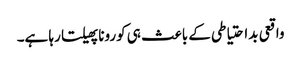
واقعی بداحتیاطی کے باعث ہی کورونا پھیلتا رہا ہے۔